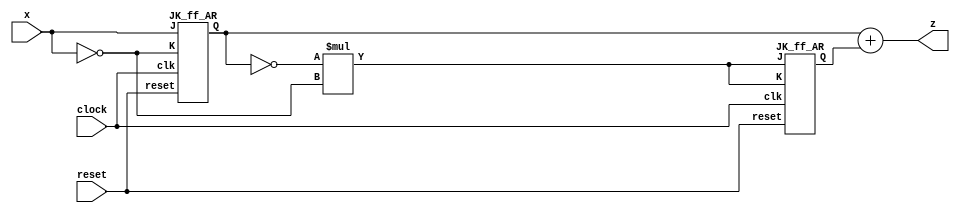
`timescale 1ns / 1ps
//////////////////////////////////////////////////////////////////////////////////
// Company: 
// Engineer: 
// 
// Design Name: 
// Module Name: Lab3_Mealy_structural
// Project Name: 
// Target Devices: 
// Tool Versions: 
// Description: 
// 
// Dependencies: 
// 
// Revision:
// Revision 0.01 - File Created
// Additional Comments:
// 
//////////////////////////////////////////////////////////////////////////////////


module Lab3_Mealy_structural(
    x,
    clock,
    reset,
    z
    );
input x;
input clock;
input reset;
output z;
wire A,B;
wire JA,KA,JB,KB;

assign JA=x;
assign KA=~x;
assign JB=(~A)*(~x);
assign KB=(~A)*(~x);
assign z=A+B;
//assign A=JA*(~A)+(~KA)*A;
//assign B=JB*(~B)+(~KB)*B;

JK_ff_AR M_A(JA,KA,clock,reset,A);
JK_ff_AR M_B(JB,KB,clock,reset,B);

    
endmodule


module JK_ff_AR(
    J,
    K,
    clk,
    reset,
    Q
    );

input J;
input K;
input clk;
input reset;
output Q;
reg Q;


always@(posedge clk,negedge reset)
if(reset==0) Q=0 ;


always@(posedge clk)
    case({J,K})
        2'b00: Q <= Q;
        2'b01: Q <= 1'b0;
        2'b10: Q <= 1'b1;
        2'b11: Q <= ~Q;
    endcase
 
    
endmodule